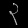
Digit: ၃